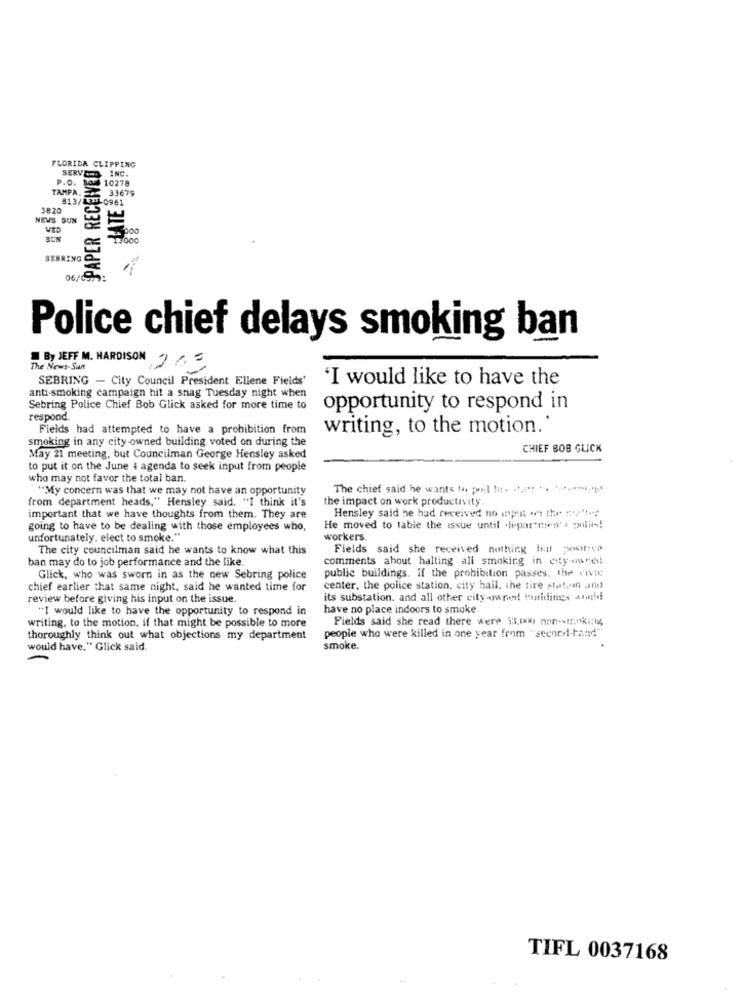
FLORIDA CLIPPING
SERVE-INC.
P.O.
104 10278
TAMPA.
33679
813/13010961
3820
NEWS SUN
SEBRING
Police chief delays smoking ban
By JEFF M. HARDISON 263
The News-San
SEBRING - City Council President Ellene Fields'
'I would like to have the
anti-smoking campaign hit a snag Tuesday night when
Sebring Police Chief Bob Glick asked for more time to
opportunity to respond in
respond.
Fields had attempted to have a prohibition from
writing, to the motion.'
smoking in any city-owned building voted on during the
CHIEF BOB GLICK
May 21 meeting, but Councilman George Hensley asked
to put it on the June + agenda to seek input from people
who may not favor the total ban.
""My concern was that we may not have an opportunity
The chief said he wants to pril tit. ... ": ... ...........
from department heads," Hensley said. "I think it's
the impact on work productivity
Hensley said he had received no mypast .on the go !!
important that we have thoughts from them. They are
going to have to be dealing with those employees who,
He moved to table the issue until departmen' : poli -!
unfortunately. elect to smoke."
workers.
The city councilman said he wants to know what this
Fields said she received nothing Iuit positive
ban may do to job performance and the like.
comments about halting ali smoking in city-une!
public buildings. if the prohibition passes, the vivic
Glick, who was sworn in as the new Sebring police
chief earlier that same night, said he wanted time for
center, the police station, city hail. the fire startin and
review before giving his input on the issue.
its substation, and all other city-owned binidings atori
"I would like to have the opportunity to respond in
have no place indoors to smoke.
Fields said she read there were Som non -- rinkisla;
writing, to the motion, if that might be possible to more
thoroughly think out what objections my department
people who were killed in one year from "second-hand"
would have." Glick said.
smoke.
TIFL 0037168